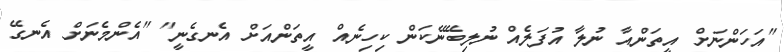
"އަހަންނަށް އީތަންއާ ނުލާ އުފަލެއް ނުލިބޭނޭކަން ކިހިނެއް އީތަންއަށް އެނގެނީ" "އެންމެނަށް އެނގޭ